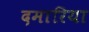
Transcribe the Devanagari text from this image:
दमारिया